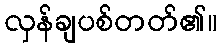
လှန်ချပစ်တတ်၏။